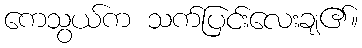
ကေသွယ်က သက်ပြင်းလေးချ၏။